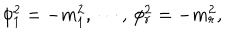
\phi _ { 1 } ^ { 2 } = - m _ { 1 } ^ { 2 } , \, \cdots , \, \phi _ { r } ^ { 2 } = - m _ { r } ^ { 2 } ,